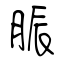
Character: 脤